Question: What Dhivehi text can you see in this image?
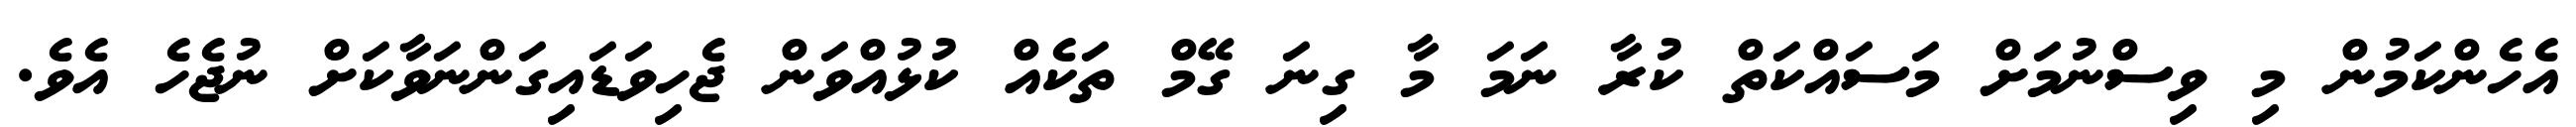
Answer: އެހެންކަމުން މި ވިސްނުމަށް މަސައްކަތް ކުރާ ނަމަ މާ ގިނަ ގޭމް ތަކެއް ކުޅުއްވަން ޖެހިވަޑައިގަންނަވާކަށް ނުޖެހެ އެވެ.